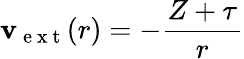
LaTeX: \mathbf{v}_{\mathrm{{~e~x~t~}}}(r)=-\frac{{Z+\tau}}{{r}}